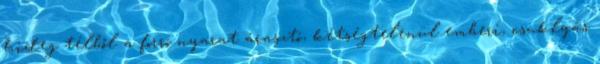
hideg télből a forró nyarat árasztó, kétségtelenül emberi, csuklyás